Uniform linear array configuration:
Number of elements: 32
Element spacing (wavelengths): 0.5
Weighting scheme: hann
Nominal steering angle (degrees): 45
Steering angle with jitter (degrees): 43.408
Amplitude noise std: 0.05
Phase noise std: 0.05

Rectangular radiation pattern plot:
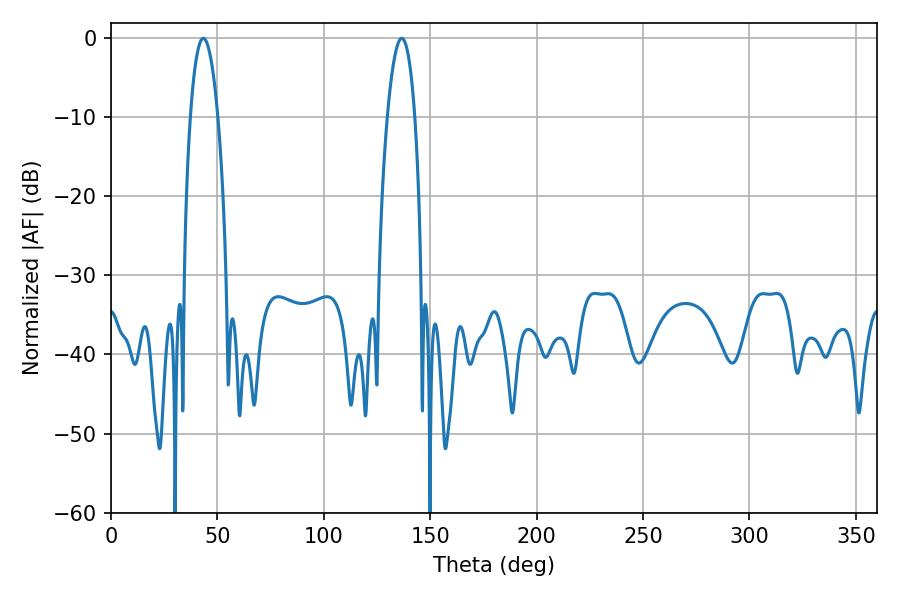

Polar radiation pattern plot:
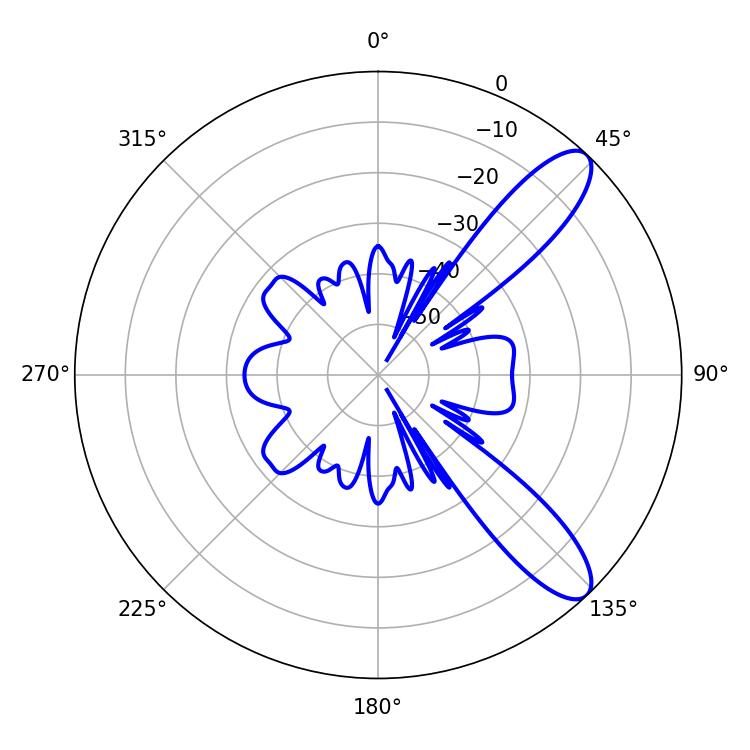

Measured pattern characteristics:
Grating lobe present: FALSE
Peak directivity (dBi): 10.344
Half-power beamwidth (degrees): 7.2
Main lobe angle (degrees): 43.38